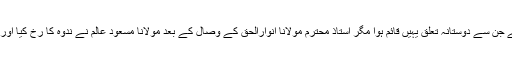
مدرسہ عزیزیہ کے رفقاء درس میں ایک مولانا مسعود عالم ندوی بھی تھے جن سے دوستانہ تعلق یہیں قائم ہوا مگر استاذ محترم مولانا انوارالحق کے وصال کے بعد مولانا مسعود عالم نے ندوہ کا رُخ کیا اور مولانا ابوسلمہ صاحب نے ازہرِ ہند دارالعلوم دیوبند کی کشش پر لبیک کہا۔